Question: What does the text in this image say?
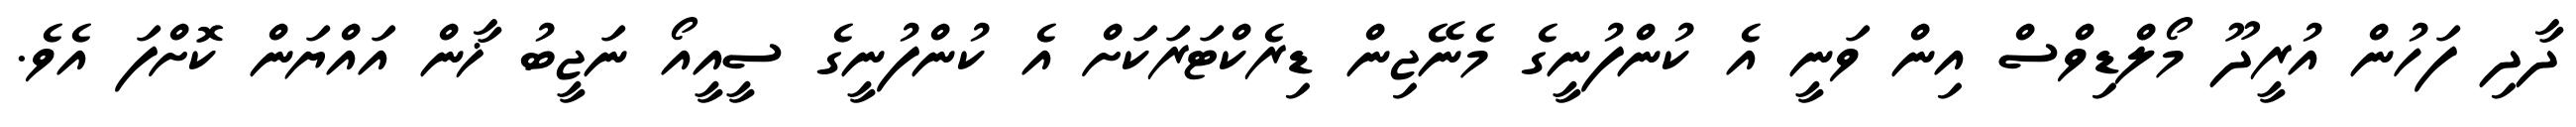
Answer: ދާދި ފަހުން އުރީދޫ މޯލްޑިވްސް އިން ވަނީ އެ ކުންފުނީގެ މެނޭޖިން ޑިރެކްޓަރަކަށް އެ ކުންފުނީގެ ސީއީއޯ ނަޖީބު ޚާން އައްޔަން ކޮށްފަ އެވެ.